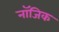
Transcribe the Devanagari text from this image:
नॉजिक